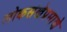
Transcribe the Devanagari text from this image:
लोकसंखेप्रमाणे